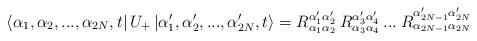
LaTeX: \begin{align*}\left\langle \alpha _{1},\alpha _{2},...,\alpha _{2N},t\right| U_{+}\left| \alpha _{1}',\alpha _{2}',...,\alpha _{2N}',t\right\rangle =R^{\alpha _{1}'\alpha _{2}'}_{\alpha _{1}\alpha _{2}}\: R^{\alpha _{3}'\alpha _{4}'}_{\alpha _{3}\alpha _{4}}\: ...\: R^{\alpha _{2N-1}'\alpha _{2N}'}_{\alpha _{2N-1}\alpha _{2N}}\end{align*}